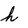
Character: h